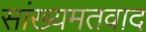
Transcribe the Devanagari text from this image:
सांख्यमतवाद